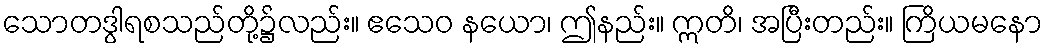
သောတဒွါရစသည်တို့၌လည်း။ ဧသေဝ နယော၊ ဤနည်း။ ဣတိ၊ အပြီးတည်း။ ကြိယမနော